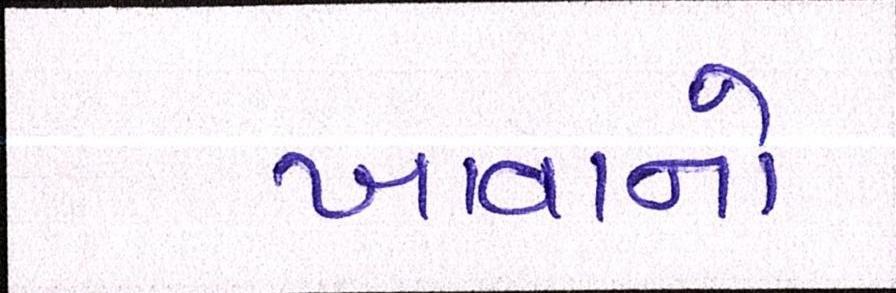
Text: ખાવાનો